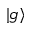
| g \rangle